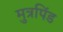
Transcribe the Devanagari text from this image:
मुत्रपिंड